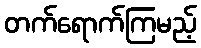
တက်ရောက်ကြမည့်